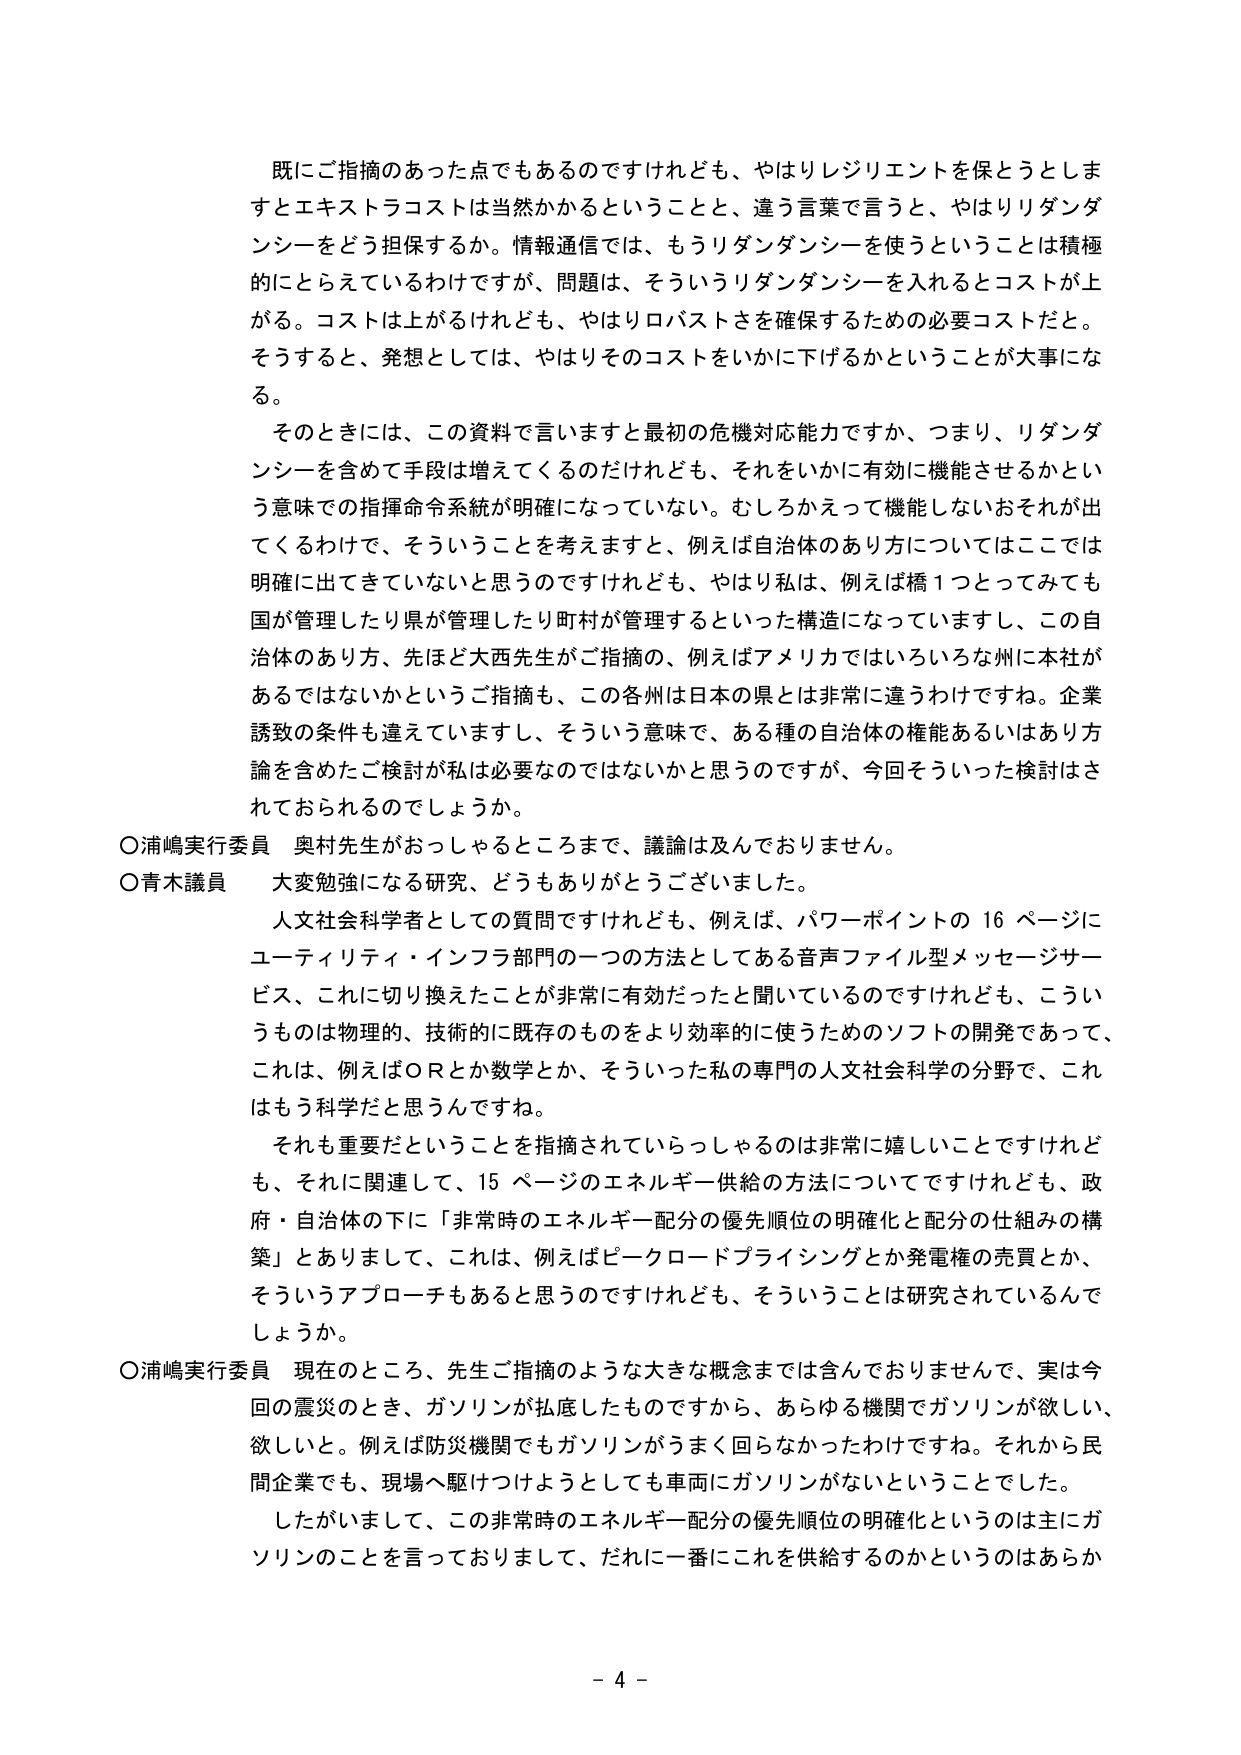
既にご指摘のあった点でもあるのですけれども、やはりレジリエントを保とうとしますとエキストラコストは当然かかるということと、違う言葉で言うと、やはりリダンダンシーをどう担保するか。情報通信では、もうリダンダンシーを使うということは積極的にとらえているわけですが、問題は、そういうリダンダンシーを入れるとコストが上がる。コストは上がるけれども、やはりロバストさを確保するための必要コストだと。そうすると、発想としては、やはりそのコストをいかに下げるかということが大事になる。

そのときには、この資料で言いますと最初の危機対応能力ですか、つまり、リダンダンシーを含めて手段は増えてくるのだけれども、それをいかに有効に機能させるかという意味での指揮命令系統が明確になっていない。むしろかえって機能しないおそれが出てくるわけで、そういうことを考えますと、例えば自治体のあり方についてはここでは明確に出てきていないと思うのですけれども、やはり私は、例えば橋１つとってみても国が管理したり県が管理したり町村が管理するといった構造になっていますし、この自治体のあり方、先ほど大西先生がご指摘の、例えばアメリカではいろいろな州に本社があるではないかというご指摘も、この各州は日本の県とは非常に違うわけです。企業誘致の条件も違えていますし、そういう意味で、ある種の自治体の機能あるいはあり方論を含めたご検討が私は必要なのではないかと思うのですが、今回そういった検討はされておられるのでしょうか。

○浦嶋実行委員　奥村先生がおっしゃるところまで、議論は及んでおりません。

○青木議員　大変勉強になる研究、どうもありがとうございました。

人文社会科学者としての質問ですけれども、例えば、パワーポイントの16ページにユーティリティ・インフラ部門の一つの方法としてある音声ファイル型メッセージサービス、これに切り換えたことが非常に有効だったと聞いているのですけれども、こういうものは物理的、技術的に既存のものをより効率的に使うためのソフトの開発であって、これは、例えばＯＲとか数学とか、そういった私の専門の人文社会科学の分野で、これはもう科学だと思うんですね。

それも重要だということを指摘されていらっしゃるのは非常に嬉しいことですけれども、それに関連して、15ページのエネルギー供給の方法についてですけれども、政府・自治体の下に「非常時のエネルギー配分の優先順位の明確化と配分の仕組みの構築」とありまして、これは、例えばピークロードプライシングとか発電権の売買とか、そういうアプローチもあると思うのですけれども、そういうことは研究されているんでしょうか。

○浦嶋実行委員　現在のところ、先生ご指摘のような大きな概念までは含んでおりませんで、実は今回の震災のとき、ガソリンが払底したものですから、あらゆる機関でガソリンが欲しい、欲しいと。例えば防災機関でもガソリンがうまく回らなかったわけです。それから民間企業でも、現場へ駆けつけようとしても車両にガソリンがないということでした。

したがいまして、この非常時のエネルギー配分の優先順位の明確化というのは主にガソリンのことを言っておりまして、だれに一番にこれを供給するのかというのはあらか

- 4 -